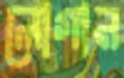
লোগান